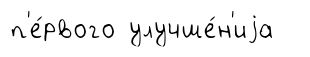
п'е́рвого улучше́н'иjа